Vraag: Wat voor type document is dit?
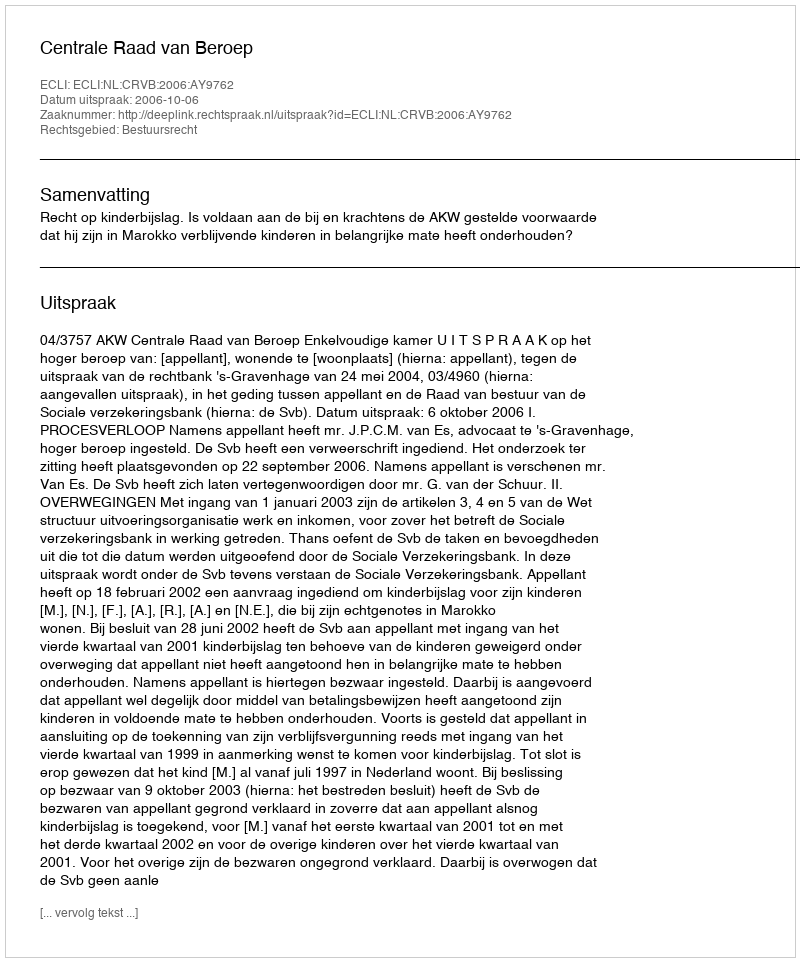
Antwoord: Uitspraak